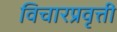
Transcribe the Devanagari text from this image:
विचारप्रवृत्ती